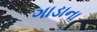
ગાડાના